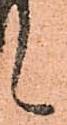
候